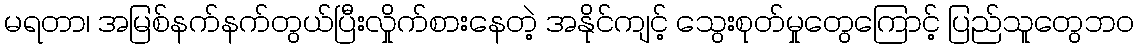
မရတာ၊ အမြစ်နက်နက်တွယ်ပြီးလှိုက်စားနေတဲ့ အနိုင်ကျင့် သွေးစုတ်မှုတွေကြောင့် ပြည်သူတွေဘ၀